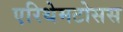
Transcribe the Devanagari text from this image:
एरिथेमटोसस